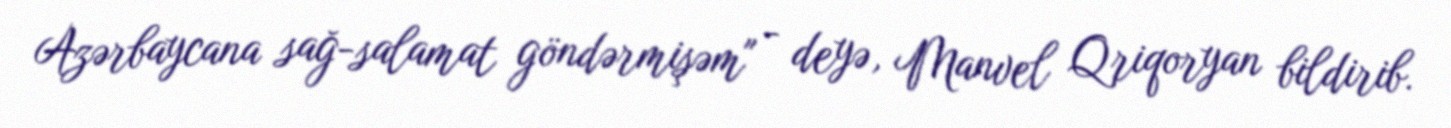
Azərbaycana sağ-salamat göndərmişəm" - deyə, Manvel Qriqoryan bildirib.